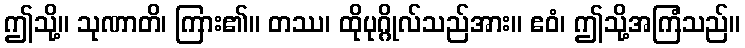
ဤသို့။ သုဏာတိ၊ ကြား၏။ တဿ၊ ထိုပုဂ္ဂိုလ်သည်အား။ ဧဝံ၊ ဤသို့အကြံသည်။